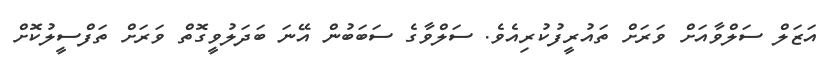
އަޒަލް ސަލްވާއަށް ވަރަށް ތައުރީފުކުރިއެވެ. ސަލްވާގެ ސަބަބުން އޭނަ ބަދަލުވީގޮތް ވަރަށް ތަފްސީލުކޮށް